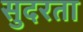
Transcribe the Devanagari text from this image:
सुदरता